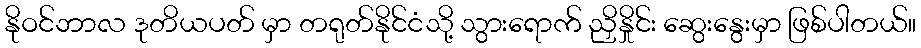
နိုဝင်ဘာလ ဒုတိယပတ် မှာ တရုတ်နိုင်ငံသို့ သွားရောက် ညှိနှိုင်း ဆွေးနွေးမှာ ဖြစ်ပါတယ်။